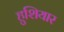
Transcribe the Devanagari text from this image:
हुशियार